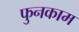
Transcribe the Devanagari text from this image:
फुनकाम